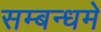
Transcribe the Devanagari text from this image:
सम्बन्धमे